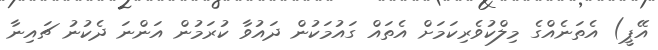
އޭޕީ) އެތަނެއްގެ މިލްކުވެރިކަމަށް އެތައް ގައުމަކުން ދައުވާ ކުރަމުން އަންނަ ދެކުނު ޗައިނާ